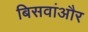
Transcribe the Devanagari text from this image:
बिसवांऔर